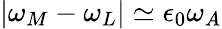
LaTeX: \lvert\omega_{M}-\omega_{L}\rvert\simeq\epsilon_{0}\omega_{A}